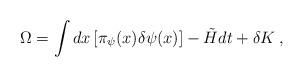
LaTeX: \begin{align*}\Omega=\int dx\left[\pi_{\psi}(x)\delta \psi(x)\right]-\tilde H dt+\delta K\>,\end{align*}